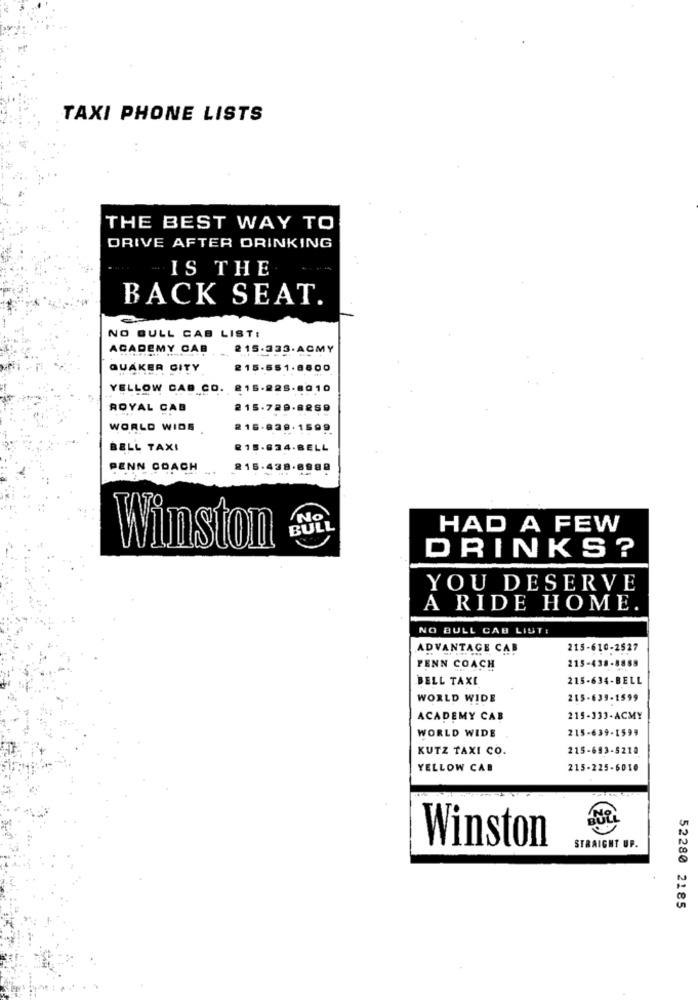
TAXI PHONE LISTS
THE BEST WAY TO
DRIVE AFTER DRINKING
IS THE
BACK SEAT.
NO BULL CAB LIST:
ACADEMY CAB
215.333.ACMY
QUAKER CITY
215-551.8800
YELLOW CAB CO. 216-228-8010
ROYAL CAB
215.729-8859
WORLD WIDE
215-839. 1599
BELL TAXI
215-634.BELL
PENN COACH
215-438.8988
No
BULL
HAD A FEW
Winston
DRINKS?
YOU DESERVE
A RIDE HOME.
NO BULL CAB LIST:
ADVANTAGE CAB
215-610-2527
215-438-8888
PENN COACH
BELL TAXE
215-634-BELL
WORLD WIDE
215-639-1599
ACADEMY CAB
215-333+ACMY
215-639-1599
WORLD WIDE
KUTZ TAXI CO.
215-693-5210
YELLOW CAB
215-225-6010
Winston
STRAIGHT UP.
52280 2185